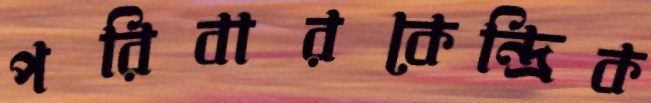
পরিবারকেন্দ্রিক